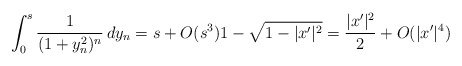
\begin{align*}\int_0^s \frac{1}{(1+y_n^2)^n}\, dy_n=s+O(s^3) 1-\sqrt{1-|x'|^2}=\frac{|x'|^2}{2} + O(|x'|^4)\end{align*}